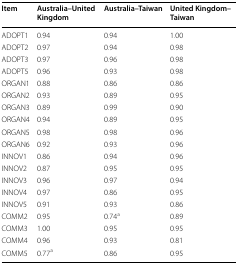
| Item | Australia–United Kingdom | Australia–Taiwan | United Kingdom–Taiwan |
 | --- | --- | --- | --- |
 | ADOPT1 | 0.94 | 0.94 | 1.00 |
 | ADOPT2 | 0.97 | 0.94 | 0.98 |
 | ADOPT3 | 0.97 | 0.96 | 0.98 |
 | ADOPT5 | 0.96 | 0.93 | 0.98 |
 | ORGAN1 | 0.88 | 0.86 | 0.86 |
 | ORGAN2 | 0.93 | 0.89 | 0.95 |
 | ORGAN3 | 0.89 | 0.99 | 0.90 |
 | ORGAN4 | 0.94 | 0.89 | 0.95 |
 | ORGAN5 | 0.98 | 0.98 | 0.96 |
 | ORGAN6 | 0.92 | 0.93 | 0.96 |
 | INNOV1 | 0.86 | 0.94 | 0.96 |
 | INNOV2 | 0.87 | 0.95 | 0.95 |
 | INNOV3 | 0.96 | 0.97 | 0.94 |
 | INNOV4 | 0.97 | 0.86 | 0.95 |
 | INNOV5 | 0.91 | 0.93 | 0.86 |
 | COMM2 | 0.95 | 0.74a | 0.89 |
 | COMM3 | 1.00 | 0.95 | 0.95 |
 | COMM4 | 0.96 | 0.93 | 0.81 |
 | COMM5 | 0.77a | 0.86 | 0.95 |